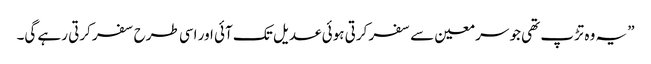
” یہ وہ تڑپ تھی جو سر معین سے سفر کرتی ہوئی عدیل تک آئی اور اسی طرح سفر کرتی رہے گی۔